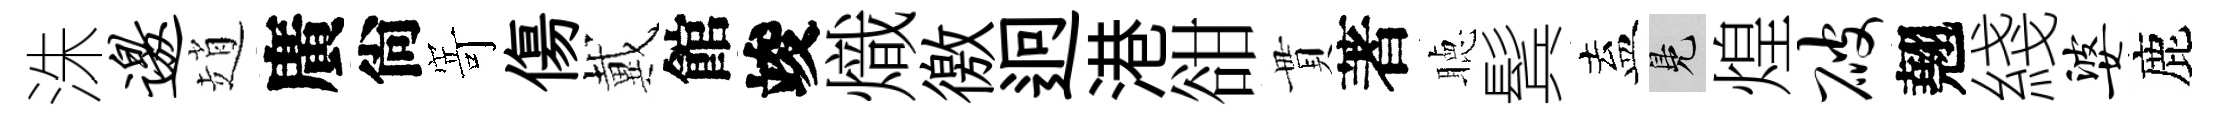
洙邀趙廣尙𭔃傷戴館竣熾徼迥港𧮳貫著聴鬂盍鳬煌破翹綫婆鹿